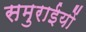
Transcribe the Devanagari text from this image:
समुराईयों